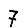
Digit: 7